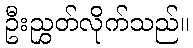
ဦးညွှတ်လိုက်သည်။